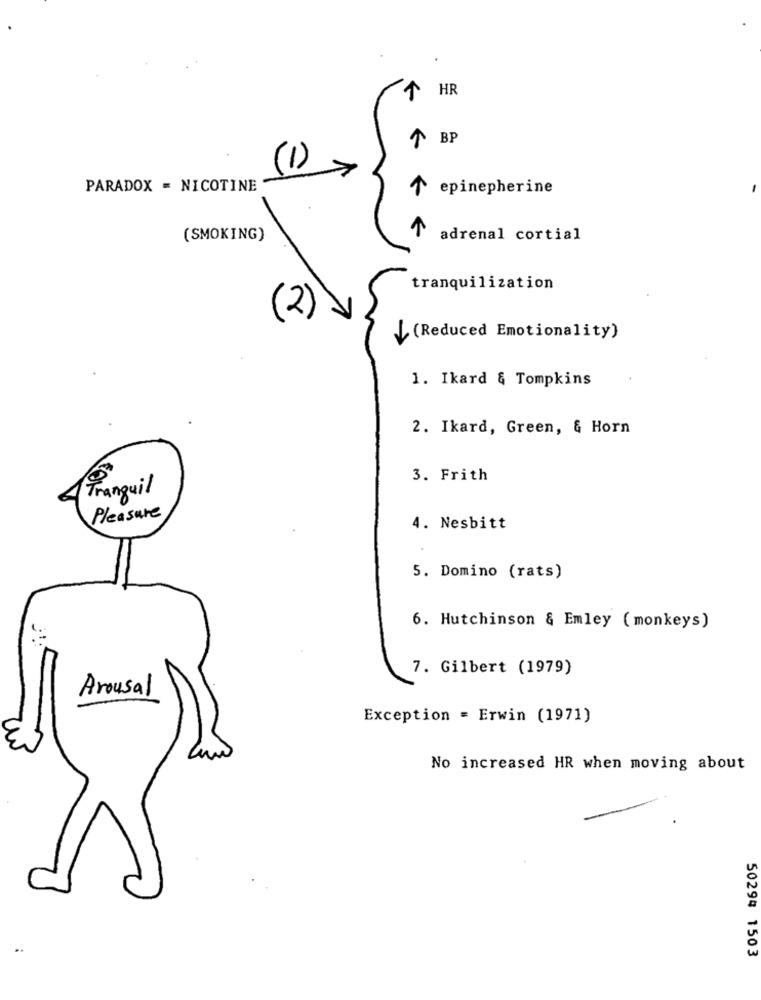
1 HR
1 BP
(1)
PARADOX = NICOTINE
1 epinephrine
(SMOKING)
adrenal cortial
tranquilization
(2)
L (Reduced Emotionality)
1. Ikard & Tompkins
2. Ikard, Green, & Horn
3. Frith
Tranquil
Pleasure
4. Nesbitt
5. Domino (rats)
6. Hutchinson & Emley ( monkeys)
7. Gilbert (1979)
Arousal
Exception = Erwin (1971)
No increased HR when moving about
50294 1503